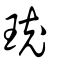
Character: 珫